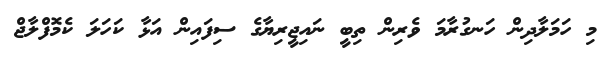
މި ހަމަލާދިން ހަނގުރާމަ ވެރިން ތިބީ ނައިޖީރިޔާގެ ސިފައިން އަޅާ ކަހަލަ ކެމޮފްލާޖް